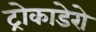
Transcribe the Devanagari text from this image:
ट्रोकाडेरो